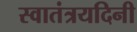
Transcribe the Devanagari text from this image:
स्वातंत्रयदिनी